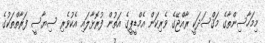
މިމަހާސިންތާގެ މަޤްސަދަކީ ރާއްޖޭގެ ވެރިކަން އެމްޑީޕީގެ އަތުން ފުރޮޅާލައި އެކުވެރި ސިޔާސީ ފަރާތްތަކުގެ